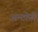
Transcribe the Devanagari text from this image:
अन्टोनी